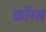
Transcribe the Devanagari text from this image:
फ्रॉग्स